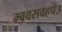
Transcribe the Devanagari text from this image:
म्बवसवहपेउ